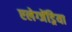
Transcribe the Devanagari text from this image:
एलेग्जेंड्रेिया